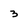
Character: 3